Some observations on the poison of Russell's viper (Daboia russellii) - Number 3
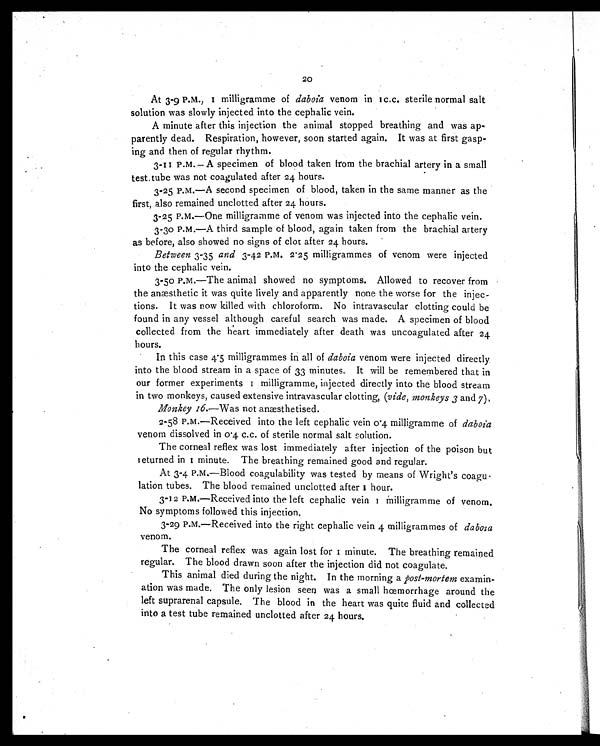
20
At 3-9 P.M., 1 milligramme of daboia venom in 1 c.c. sterile normal salt
solution was slowly injected into the cephalic vein.
A minute after this injection the animal stopped breathing and was ap-
parently dead. Respiration, however, soon started again. It was at first gasp-
ing and then of regular rhythm.
3-11 P.M.— A specimen of blood taken from the brachial artery in a small
test. tube was not coagulated after 24 hours.
3-25 P.M.—A second specimen of blood, taken in the same manner as the
first, also remained unclotted after 24 hours.
3-25 P.M.—One milligramme of venom was injected into the cephalic vein.
3-30 P.M.—A third sample of blood, again taken from the brachial artery
as before, also showed no signs of clot after 24 hours.
Between 3-35 and 3-42 P.M. 2 . 25 milligrammes of venom were injected
into the cephalic vein.
3-50 P.M.—The animal showed no symptoms. Allowed to recover from
the anæsthetic it was quite lively and apparently none the worse for the injec-
tions. It was now killed with chloroform. No intravascular clotting could be
found in any vessel although careful search was made. A specimen of blood
collected from the heart immediately after death was uncoagulated after 2
4
hours.
In this case 4.5 milligrammes in all of daboia venom were injected directly.
into the blood stream in a space of 33 minutes. It will be remembered that in
our former experi ment s 1 mi l l i gramme, i nj ect ed di rect l y i nt o t he bl ood st ream
in two monkeys, caused extensive intravascular clotting, (vide, monkeys 3 and 7).
Monkey 16.—Was not anæsthetised.
2-58 P.M.—Received into the left cephalic vein 0 .4 milligramme of daboia
venom dissolved in 0 .4 c.c. of sterile normal salt solution.
The corneal reflex was lost immediately after injection of the poison but
returned in 1 minute. The breathing remained good and regular.
At 3-4 P.M.—Blood coagulability was tested by means of Wright's coagu-
lation tubes. The blood remained unclotted after 1 hour.
3-12 P.M.—Received into the left cephalic vein 1 milligramme of venom.
No symptoms followed this injection.
3-29 P.M.—Received into the right cephalic vein 4 milligrammes of daboia
venom.
The corneal reflex was again lost for 1 minute. The breathing remained
regular. The blood drawn soon after the injection did not coagulate.
This animal died during the night. In the morning a post-mortem examin-
ation was made. The only lesion seen was a small hæmorrhage around the
left suprarenal capsule. The blood in the heart was quite fluid and collected
into a test tube remained unclotted after 24 hours.